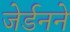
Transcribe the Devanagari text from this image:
जेर्डनने